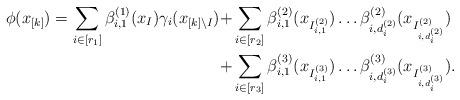
LaTeX: \begin{align*}\phi(x_{[k]}) = \sum_{i \in [r_1]} \beta^{(1)}_{i, 1}(x_I) \gamma_i(x_{[k] \setminus I}) + &\sum_{i \in [r_2]} \beta^{(2)}_{i, 1}(x_{I^{(2)}_{i, 1}}) \dots \beta^{(2)}_{i, d^{(2)}_i}(x_{I^{(2)}_{i, d^{(2)}_i}})\\+ &\sum_{i \in [r_3]} \beta^{(3)}_{i, 1}(x_{I^{(3)}_{i, 1}}) \dots \beta^{(3)}_{i, d^{(3)}_i}(x_{I^{(3)}_{i, d^{(3)}_i}}).\end{align*}